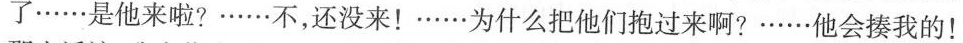
了……是他来啦?……不，还没来！……为什么把他们抱过来啊?……他会揍我的！